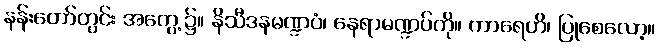
နန်းတော်တွင်း အကွေ့၌။ နိသီဒနမဏ္ဍပံ၊ နေရာမဏ္ဍပ်ကို။ ကာရေဟိ၊ ပြုစေလော့။